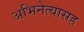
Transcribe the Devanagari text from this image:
अभिनेत्यासह